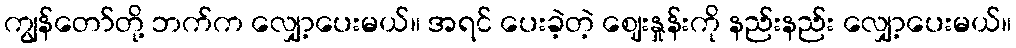
ကျွန်တော်တို့ ဘက်က လျှော့ပေးမယ်။ အရင် ပေးခဲ့တဲ့ ဈေးနှုန်းကို နည်းနည်း လျှော့ပေးမယ်။